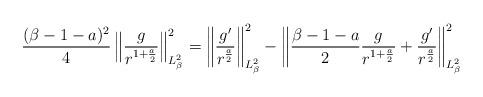
LaTeX: \begin{align*}\frac{(\beta-1-a)^2}{4}\left\|\frac{g}{r^{1+\frac{a}{2}}}\right\|_{L_\beta^2}^2=\left\|\frac{g'}{r^{\frac{a}{2}}}\right\|_{L_\beta^2}^2-\left\|\frac{\beta-1-a}{2}\frac{g}{r^{1+\frac{a}{2}}}+\frac{g'}{r^{\frac{a}{2}}}\right\|_{L_\beta^2}^2\end{align*}